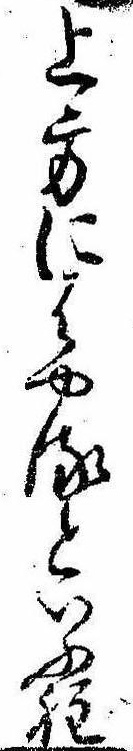
上方にはやるといふ程